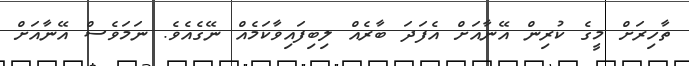
ތާހިރަށް މީގެ ކުރިން އޭނާއަށް އެފަދަ ބާރެއް ލިބިފައިވާކަމެއް ނޭގެއެވެ. ނަމަވެސް އޭނާއަށް